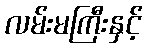
လမ်းမကြီးနှင့်